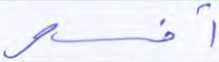
أفسحر